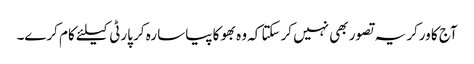
آج کا ورکر یہ تصور بھی نہیں کرسکتا کہ وہ بھوکا پیاسا رہ کر پارٹی کیلئے کام کرے۔